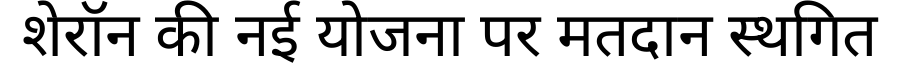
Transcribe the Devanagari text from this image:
शेरॉन की नई योजना पर मतदान स्थगित